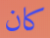
كان